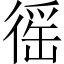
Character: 徭